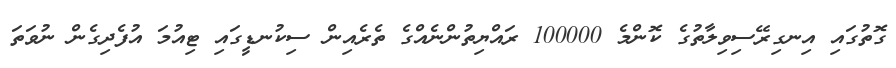
ގޮތުގައި އިނގިރޭސިވިލާތުގެ ކޮންމެ 100000 ރައްޔިތުންނެއްގެ ތެރެއިން ސިކުނޑީގައި ޓިއުމަ އުފެދިގެން ނުވަތަ